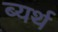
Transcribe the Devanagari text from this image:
ब्यर्थ